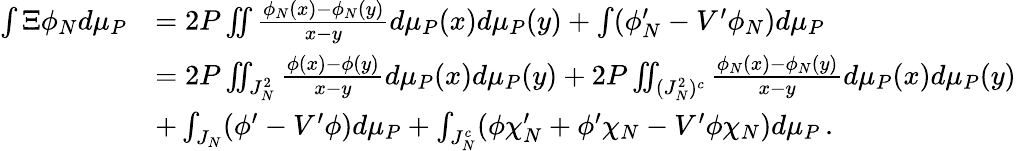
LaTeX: \begin{array}{rl}{\int\Xi\phi_{N}d\mu_{P}}&{=2P\iint\frac{\phi_{N}(x)-\phi_{N}(y)}{x-y}d\mu_{P}(x)d\mu_{P}(y)+\int(\phi_{N}^{\prime}-V^{\prime}\phi_{N})d\mu_{P}}\\ &{=2P\iint_{J_{N}^{2}}\frac{\phi(x)-\phi(y)}{x-y}d\mu_{P}(x)d\mu_{P}(y)+2P\iint_{(J_{N}^{2})^{c}}\frac{\phi_{N}(x)-\phi_{N}(y)}{x-y}d\mu_{P}(x)d\mu_{P}(y)}\\ &{+\int_{J_{N}}(\phi^{\prime}-V^{\prime}\phi)d\mu_{P}+\int_{J_{N}^{c}}(\phi\chi_{N}^{\prime}+\phi^{\prime}\chi_{N}-V^{\prime}\phi\chi_{N})d\mu_{P}\, .}\end{array}